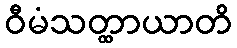
ဝီမံသတ္ထာယာတိ